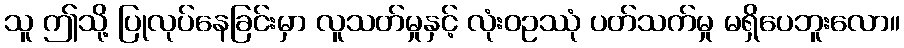
သူ ဤသို့ ပြုလုပ်နေခြင်းမှာ လူသတ်မှုနှင့် လုံးဝဥဿုံ ပတ်သက်မှု မရှိပေဘူးလော။